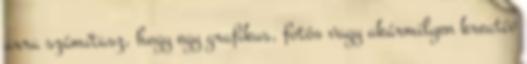
arra számítasz, hogy egy grafikus, fotós vagy akármilyen kreatív